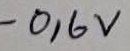
Text: -0,6V